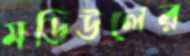
মডিউলের